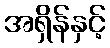
အရှိန်နှင့်